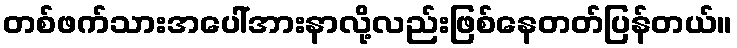
တစ်ဖက်သားအပေါ်အားနာလို့လည်းဖြစ်နေတတ်ပြန်တယ်။